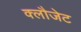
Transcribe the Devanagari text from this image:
क्लौजेट